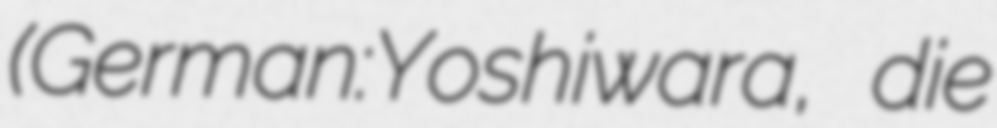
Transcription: (German:Yoshiwara, die